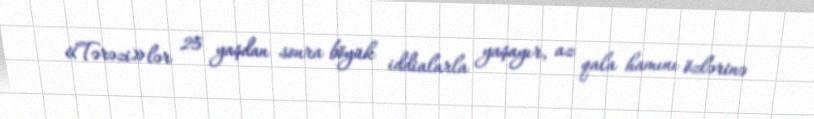
«Tərəzi»lər 25 yaşdan sonra böyük iddialarla yaşayır, az qala hamını özlərinə